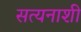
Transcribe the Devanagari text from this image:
सत्यनाशी